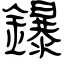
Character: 鑤